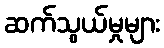
ဆက်သွယ်မှုများ